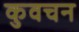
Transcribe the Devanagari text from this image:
कुवचन